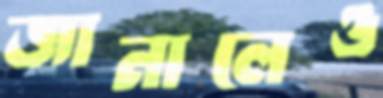
জানালেও